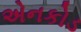
એનકોડ